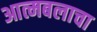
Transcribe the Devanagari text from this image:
आत्मबलाचा